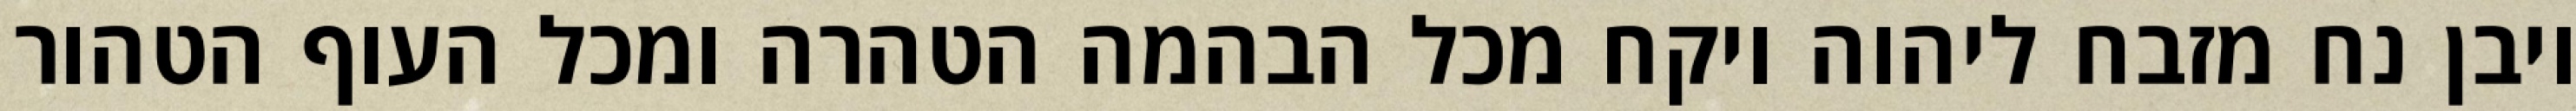
ויבן נח מזבח ליהוה ויקח מכל הבהמה הטהרה ומכל העוף הטהור